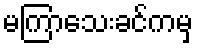
မကြာသေးခင်ကမှ